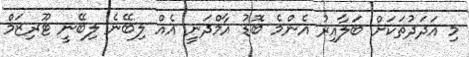
މި އަދަދުތަކަށް ބަލާއިރު އެންމެ ބޮޑު އާމްދަނީ އެއް ލިބޭނެ ލިބޭނީ ޓޫރިޒަމް